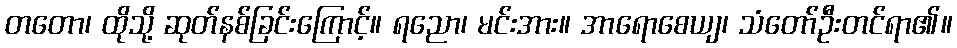
တတော၊ ထိုသို့ ဆုတ်နစ်ခြင်းကြောင့်။ ရညော၊ မင်းအား။ အာရောစေယျ၊ သံတော်ဦးတင်ရာ၏။